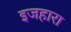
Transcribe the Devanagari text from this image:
इजहारा